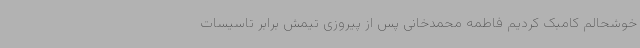
خوشحالم کامبک کردیم فاطمه محمدخانی پس از پیروزی تیمش برابر تاسیسات